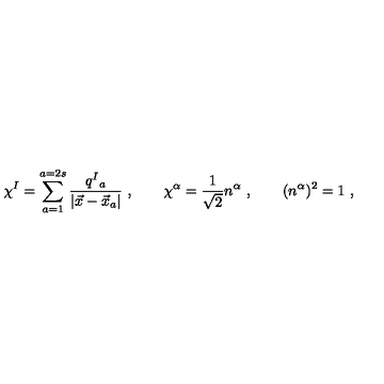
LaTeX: \chi ^ { I } = \sum _ { a = 1 } ^ { a = 2 s } \frac { q ^ { I } { } _ { a } } { | \vec { x } - \vec { x } _ { a } | } \ , \qquad \chi ^ { \alpha } = { \frac { 1 } { \sqrt 2 } } n ^ { \alpha } \ , \qquad ( n ^ { \alpha } ) ^ { 2 } = 1 \ ,